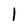
Character: I